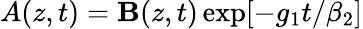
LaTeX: A(z,t)=\mathbf{B}(z,t)\exp[-g_{1}t/\beta_{2}]